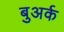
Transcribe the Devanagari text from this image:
बुअर्क